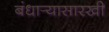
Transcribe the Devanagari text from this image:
बंधार्‍यासारखी